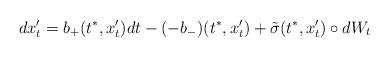
LaTeX: \begin{align*}dx_t^\prime= b_+(t^*,x_t^\prime)dt-(-b_-)(t^*,x_t^\prime)+\tilde\sigma(t^*,x_t^\prime)\circ d W_t\end{align*}